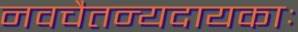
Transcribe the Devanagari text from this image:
नवचैतन्यदायकाः